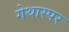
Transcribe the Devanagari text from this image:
गेथास्पर